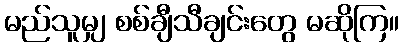
မည်သူမျှ စစ်ချီသီချင်းတွေ မဆိုကြ။